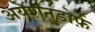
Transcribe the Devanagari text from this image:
अयेशनडोर्फ़